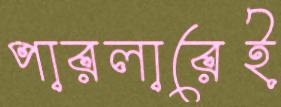
পারলারেই